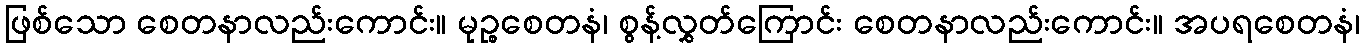
ဖြစ်သော စေတနာလည်းကောင်း။ မုဉ္စစေတနံ၊ စွန့်လွှတ်ကြောင်း စေတနာလည်းကောင်း။ အပရစေတနံ၊